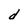
Character: d